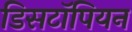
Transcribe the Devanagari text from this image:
डिसटॉपियन